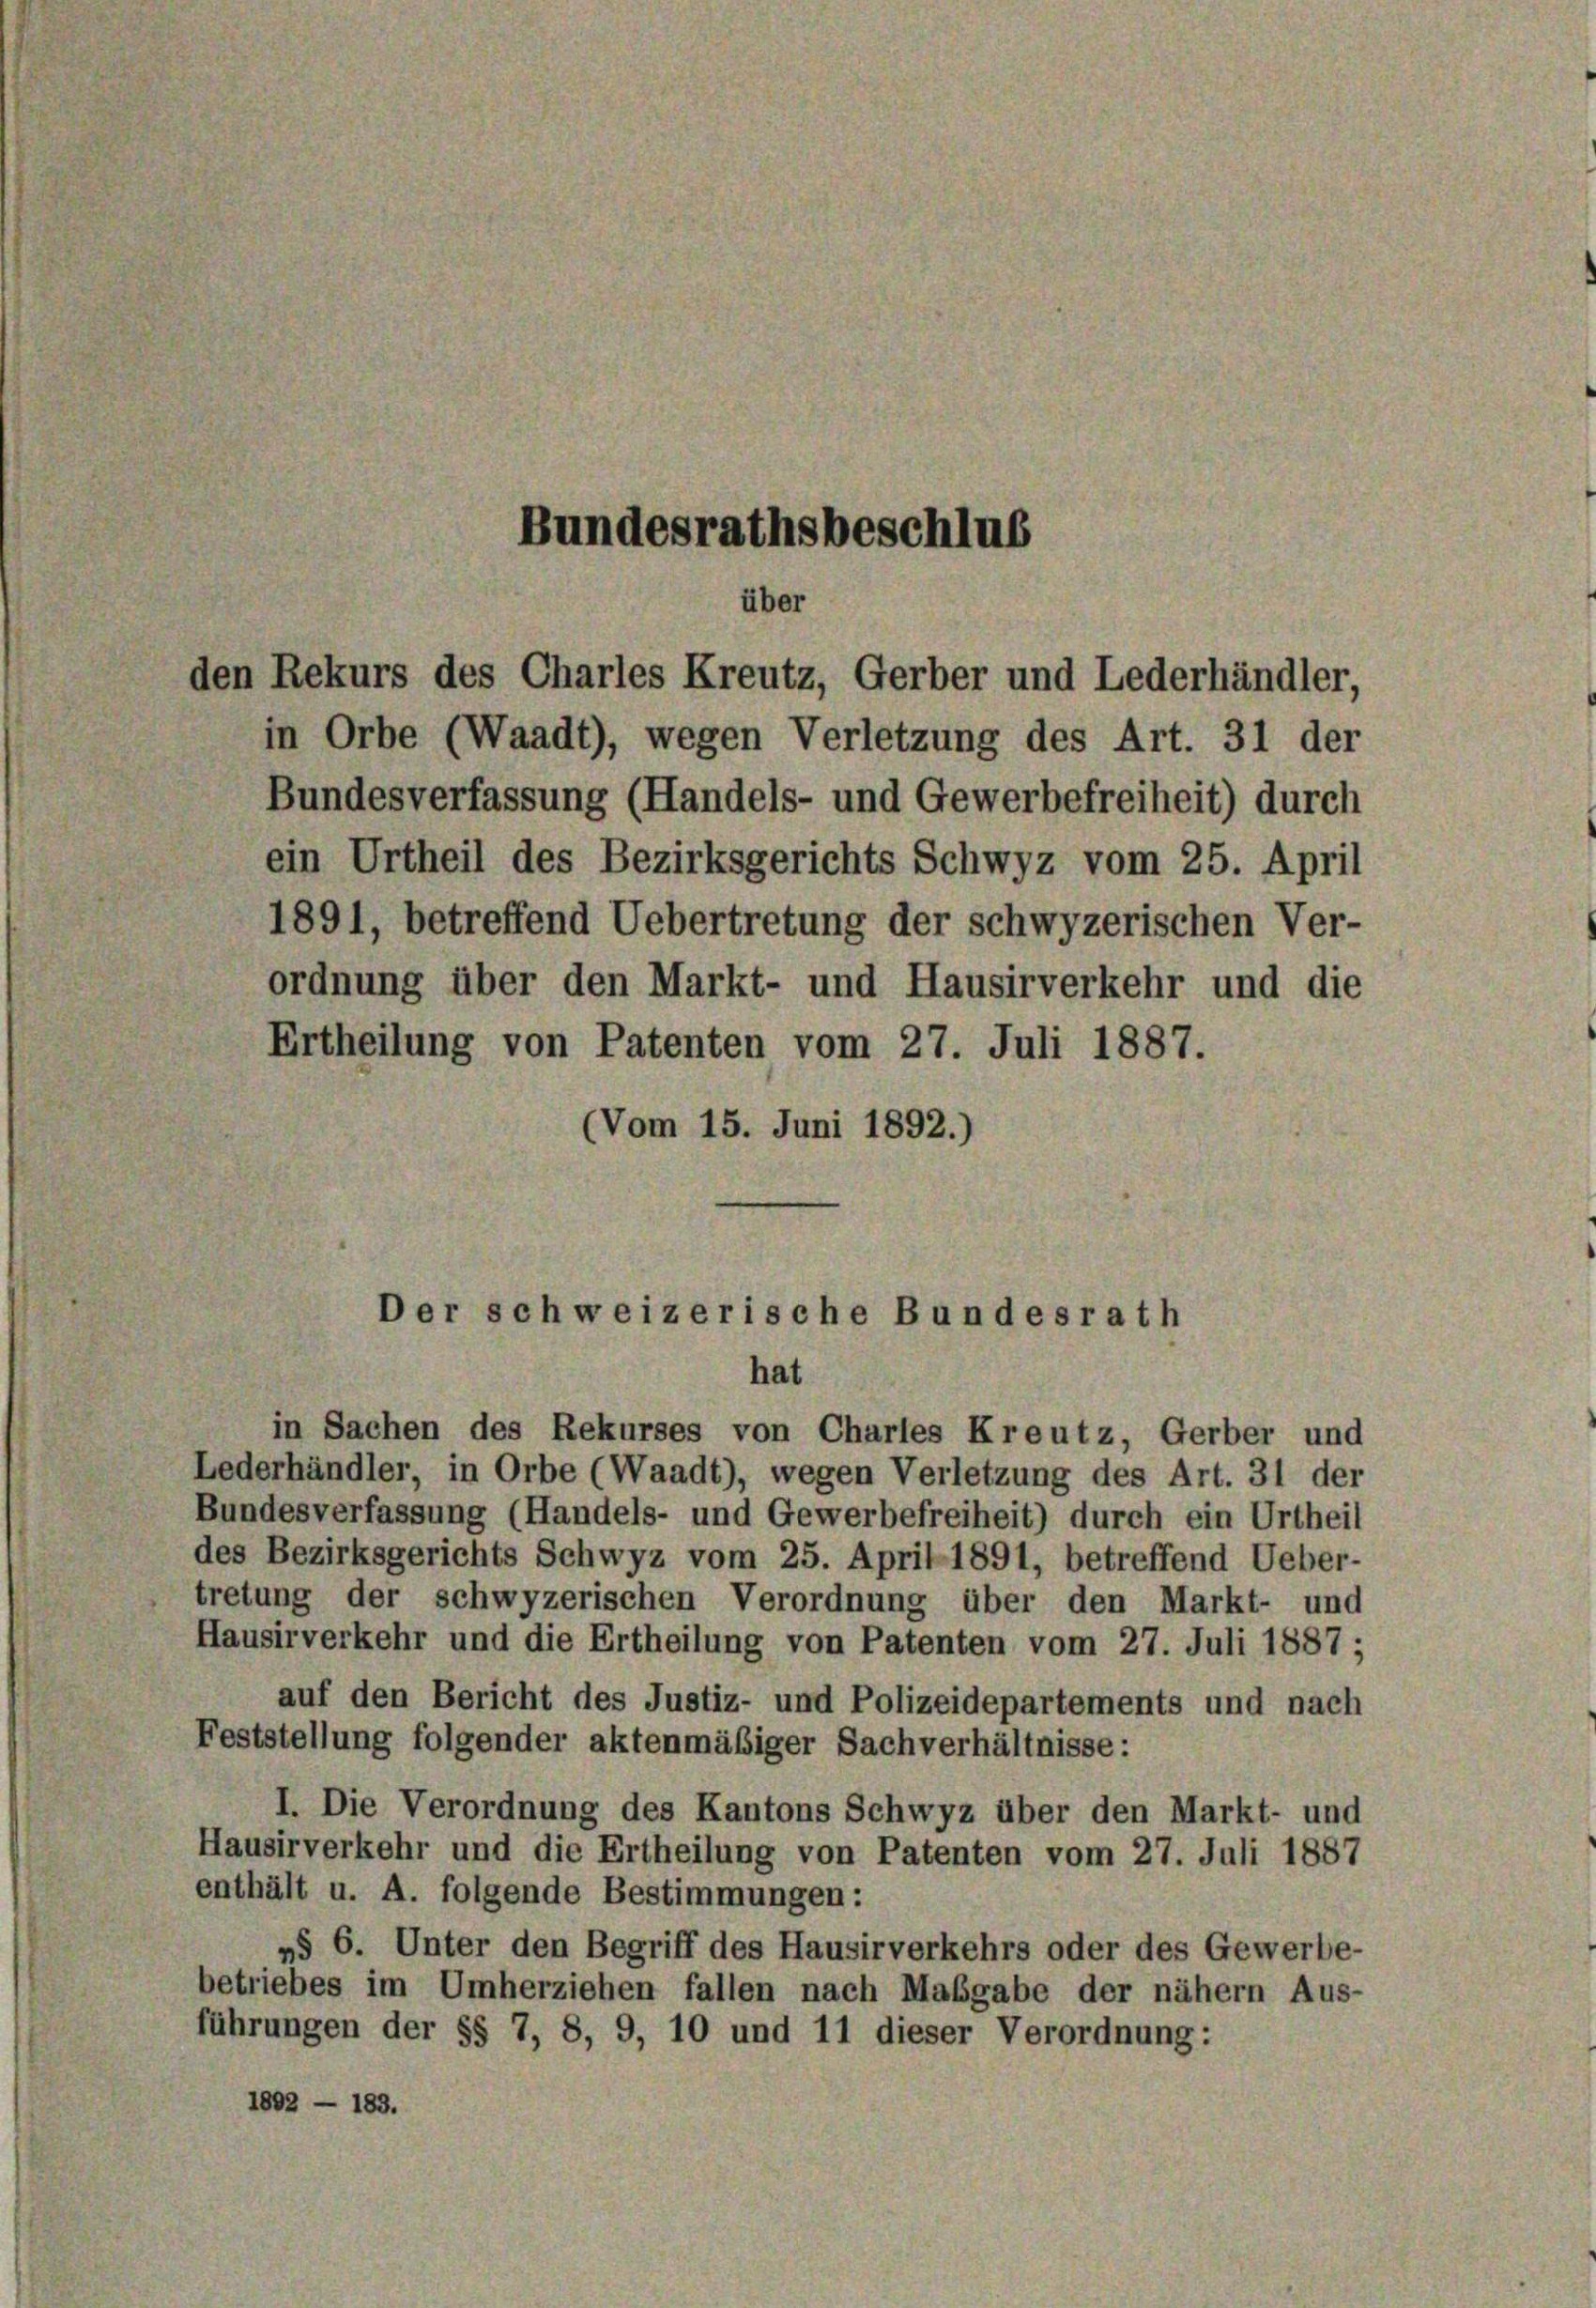
Bundesrathsbeschlus
über

den Rekurs des Charles Kreutz, Gerber und Lederhändler,
in Orbe (Waadt), wegen Verletzung des Art. 31 der
Bundesverfassung (Handels- und Gewerbefreiheit) durch
ein Urtheil des Bezirksgerichts Schwyz vom 25. April
1891, betreffend Uebertretung der schwyzerischen Ver-
ordnung über den Markt- und Hausirverkehr und die
Ertheilung von Patenten vom 27. Juli 1887.
(Vom 15. Juni 1892.)

Der schweizerische Bundesrath

in Sachen des Rekurses von Charfes Kreutz, Gerber und
Lederhändler, in Orbe (Waadt), wegen Verletzung des Art. 31 der
Bundesverfassung (Handels- und Gewerbefreiheit) durch ein Urtheil
des Bezirksgerichts Schwyz vom 25. April 1891, betreffend Ueber-
tretung der schwyzerischen Verordnung über den Markt- und
Hausirverkehr und die Ertheilung von Patenten vom 27. Juli 1887 ;
auf den Bericht des Justiz- und Polizeidepartements und nach
Feststellung folgender aktenmäßiger Sachverhältnisse:
I. Die Verordnung des Kantons Schwyz über den Markt- und
Hausirverkehr und die Ertheilung von Patenten vom 27. Juli 1887
enthält u. A. folgende Bestimmungen:
»§ 6. Unter den Begriff des Hausirverkehrs oder des Gewerbe-
betriebes im Umherziehen fallen nach Maßgabe der nähern Aus-
führungen der §§ 7, 8, 9, 10 und 11 dieser Verordnung:
1802 - 183.